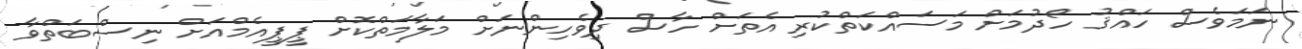
ނަމަވެސް ހައްޤު ހޯދުމަށް މަސައްކަތްކުރި އެތަށް ހާސް ދިވެހިންނަށް މަލާމަތްކޮށް ޕީޕީއެމްއަށް ނިސްބަތްވާ